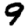
Digit: 9